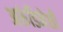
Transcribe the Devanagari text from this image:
अरुंडिनेशी